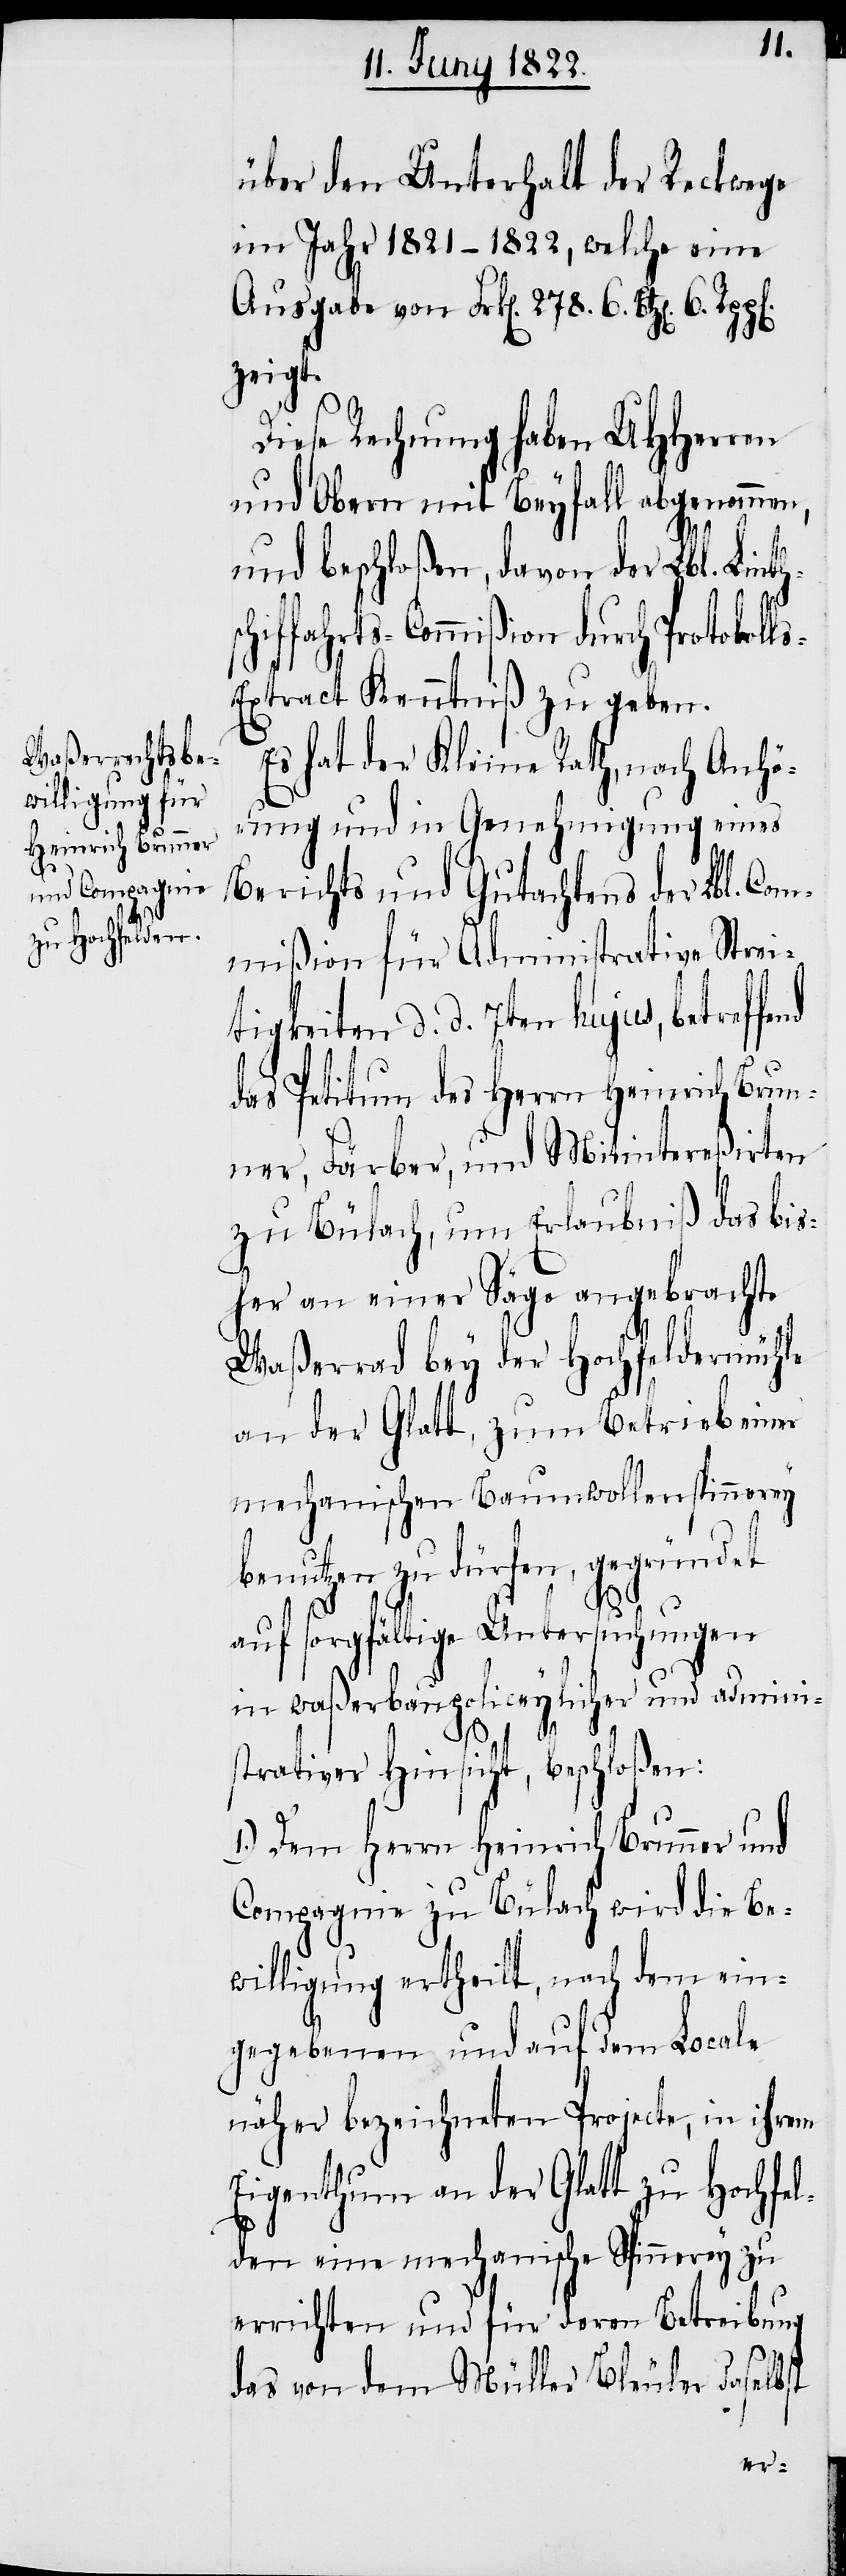
bis¬

nth¬
über den Unterhalt der Reckwege
im Jahr 1821–1822, welche eine
Ausgabe von Frk[en]. 278. 6. Btz[en]. 6.
zeigt.
Diese Rechnung haben UHHerren
und Obern mit Beyfall abgenommen,
und beschloßen, davon der Lbl. Li¬
ffahrts-Commißion durch Protokol¬
xtract Kenntniß zu geben.
Es hat der Kleine Rath, nach Anhö¬
rung und in Genehmigung eines
Berichts und Gutachtens der Lbl. Com¬
mißion für Administrative Streit¬
igkeiten d. d. 7ten hujus, betreffe¬
das Petitum des Herrn Heinrich Brun¬
ner, Färber, und Mitintereßirten
zu Bülach, um Erlaubniß [,] das
her an einer Säge angebrachte
Waßerrad bey der Hochfeldermühle
an der Glatt, zum Betrieb einer
mechanischen Baumwollspinnerey
benutzen zu dürfen, gegründet
auf sorgfältige Untersuchungen
in waßerbaupoliceylicher und admini¬
ls-E¬
strativer Hinsicht, beschloßen:
1.) Dem Herrn Heinrich Brunner und
Compagnie zu Bülach wird die Be¬
willigung ertheilt, nach dem ein¬
gegebenen und auf dem Locale
näher bezeichneten Projecte, in ihrem
Eigenthum an der Glatt zu Hochfel¬
den eine mechanische Spinnerey zu
errichten und für deren Betreibung
das von dem Müller Bleuler daselbst